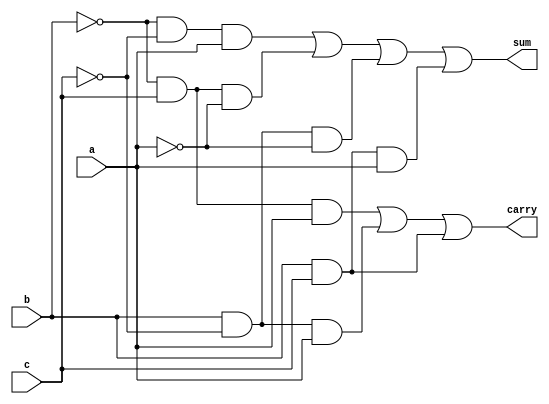
module full_adder_41_mux(a,b,c,sum,carry);
input a,b,c;
output sum,carry;
assign sum = ((~b)&(~c)&a) | ((~b)&(c)&(~a)) | ((b)&(~c)&~a) | ((b)&(c)&(a)) ;
assign carry = ((~b)&(~c)&0) | ((~b)&(c)&a) | ((b)&(~c)&(a)) | ((b)&(c)&1) ;
endmodule

module full_adder_41_mux_tb();
reg a,b,c;
wire sum,carry;
full_adder_41_mux m3(a,b,c,sum,carry);
initial
	begin
		a=0;b=0;c=0;
#10	a=0;b=0;c=1;
#10	a=0;b=1;c=0;
#10	a=0;b=1;c=1;
#10	a=1;b=0;c=0;
#10	a=1;b=0;c=1;
#10	a=1;b=1;c=0;
#10	a=1;b=1;c=1;
#10	
$stop;
end
endmodule